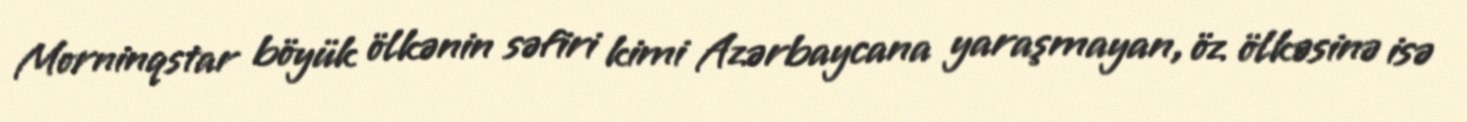
Morninqstar böyük ölkənin səfiri kimi Azərbaycana yaraşmayan, öz ölkəsinə isə